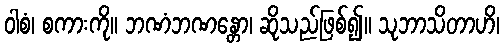
ဝါစံ၊ စကားကို။ ဘဏံဘဏန္တော၊ ဆိုသည်ဖြစ်၍။ သုဘာသိတာဟိ၊